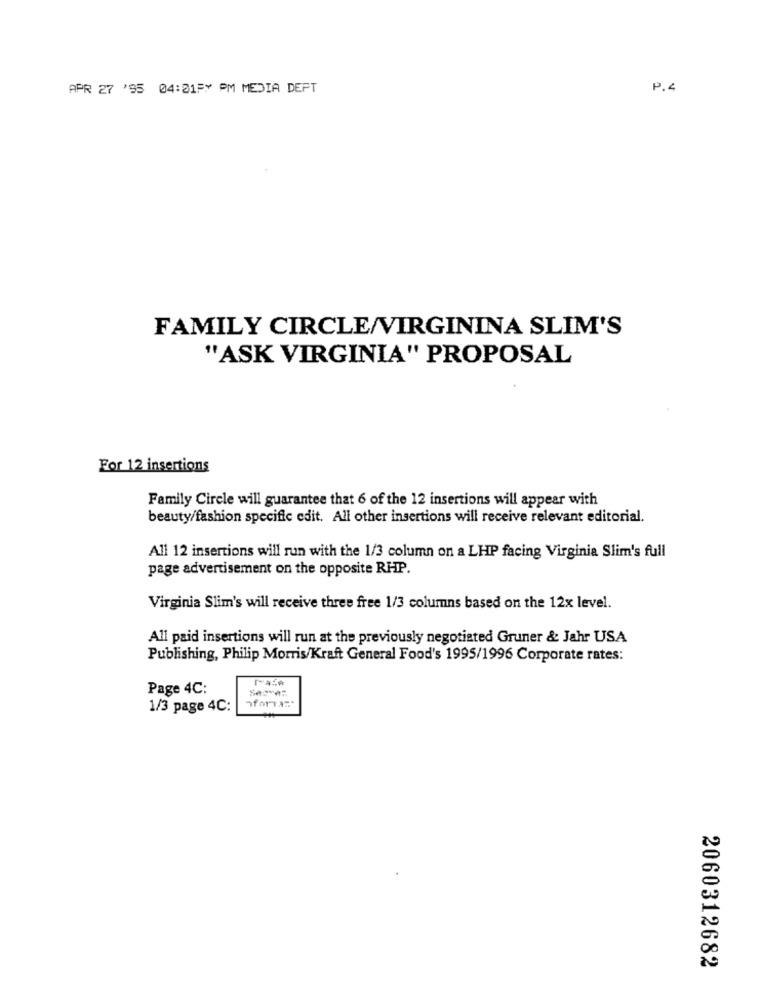
APR 27 '95 04:01FY PM MEDIA DEPT
P.4
FAMILY CIRCLE/VIRGININA SLIM'S
"ASK VIRGINIA" PROPOSAL
For 12 insertions
Family Circle will guarantee that 6 of the 12 insertions will appear with
beauty/fashion specific edit. All other insertions will receive relevant editorial.
All 12 insertions will run with the 1/3 column on a LHP facing Virginia Slim's full
page advertisement on the opposite RHP.
Virginia Slim's will receive three free 1/3 columns based on the 12x level.
All paid insertions will run at the previously negotiated Gruner & Jahr USA
Publishing, Philip Morris/Kraft General Food's 1995/1996 Corporate rates:
Page 4C:
1/3 page 4C:
"forTant
2060312682